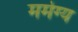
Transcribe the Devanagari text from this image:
मर्मग्य